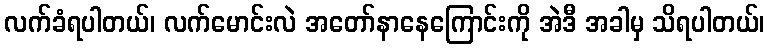
လက်ခံရပါတယ်၊ လက်မောင်းလဲ အတော်နာနေကြောင်းကို အဲဒီ အခါမှ သိရပါတယ်၊